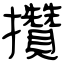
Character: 攢